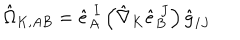
\hat { \Omega } _ { K , A B } = \hat { e } _ { A } ^ { \ I } \left( \hat { \nabla } _ { K } \hat { e } _ { B } ^ { \ J } \right) \hat { g } _ { I J }